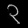
Digit: ၃